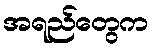
အရည်တွေက